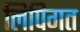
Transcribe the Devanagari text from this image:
लिपिगत